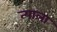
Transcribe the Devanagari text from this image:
त्‍याला